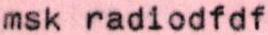
msk radiodfdf